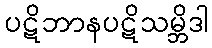
ပဋိဘာနပဋိသမ္ဘိဒါ